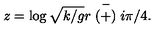
z = \log \sqrt { k / g } r \stackrel { - } { ( + ) } i \pi / 4 .